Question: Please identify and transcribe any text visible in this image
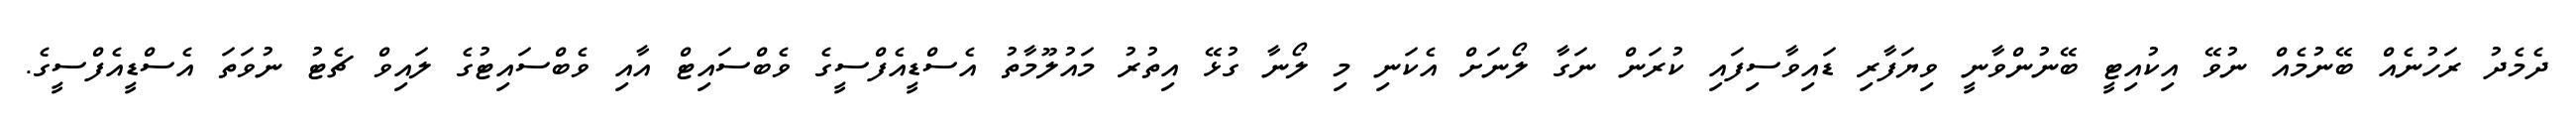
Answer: ދެމެދު ރަހުނެއް ބޭނުމެއް ނުވޭ އިކުއިޓީ ބޭނުންވާނީ ވިޔަފާރި ޑައިވާސިފައި ކުރަން ނަގާ ލޯނަށް އެކަނި މި ލޯނާ ގުޅޭ އިތުރު މައުލޫމާތު އެސްޑީއެފްސީގެ ވެބްސައިޓް އާއި ވެބްސައިޓުގެ ލައިވް ޗެޓު ނުވަތަ އެސްޑީއެފްސީގެ.